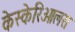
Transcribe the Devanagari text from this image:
केस्केरिओलस